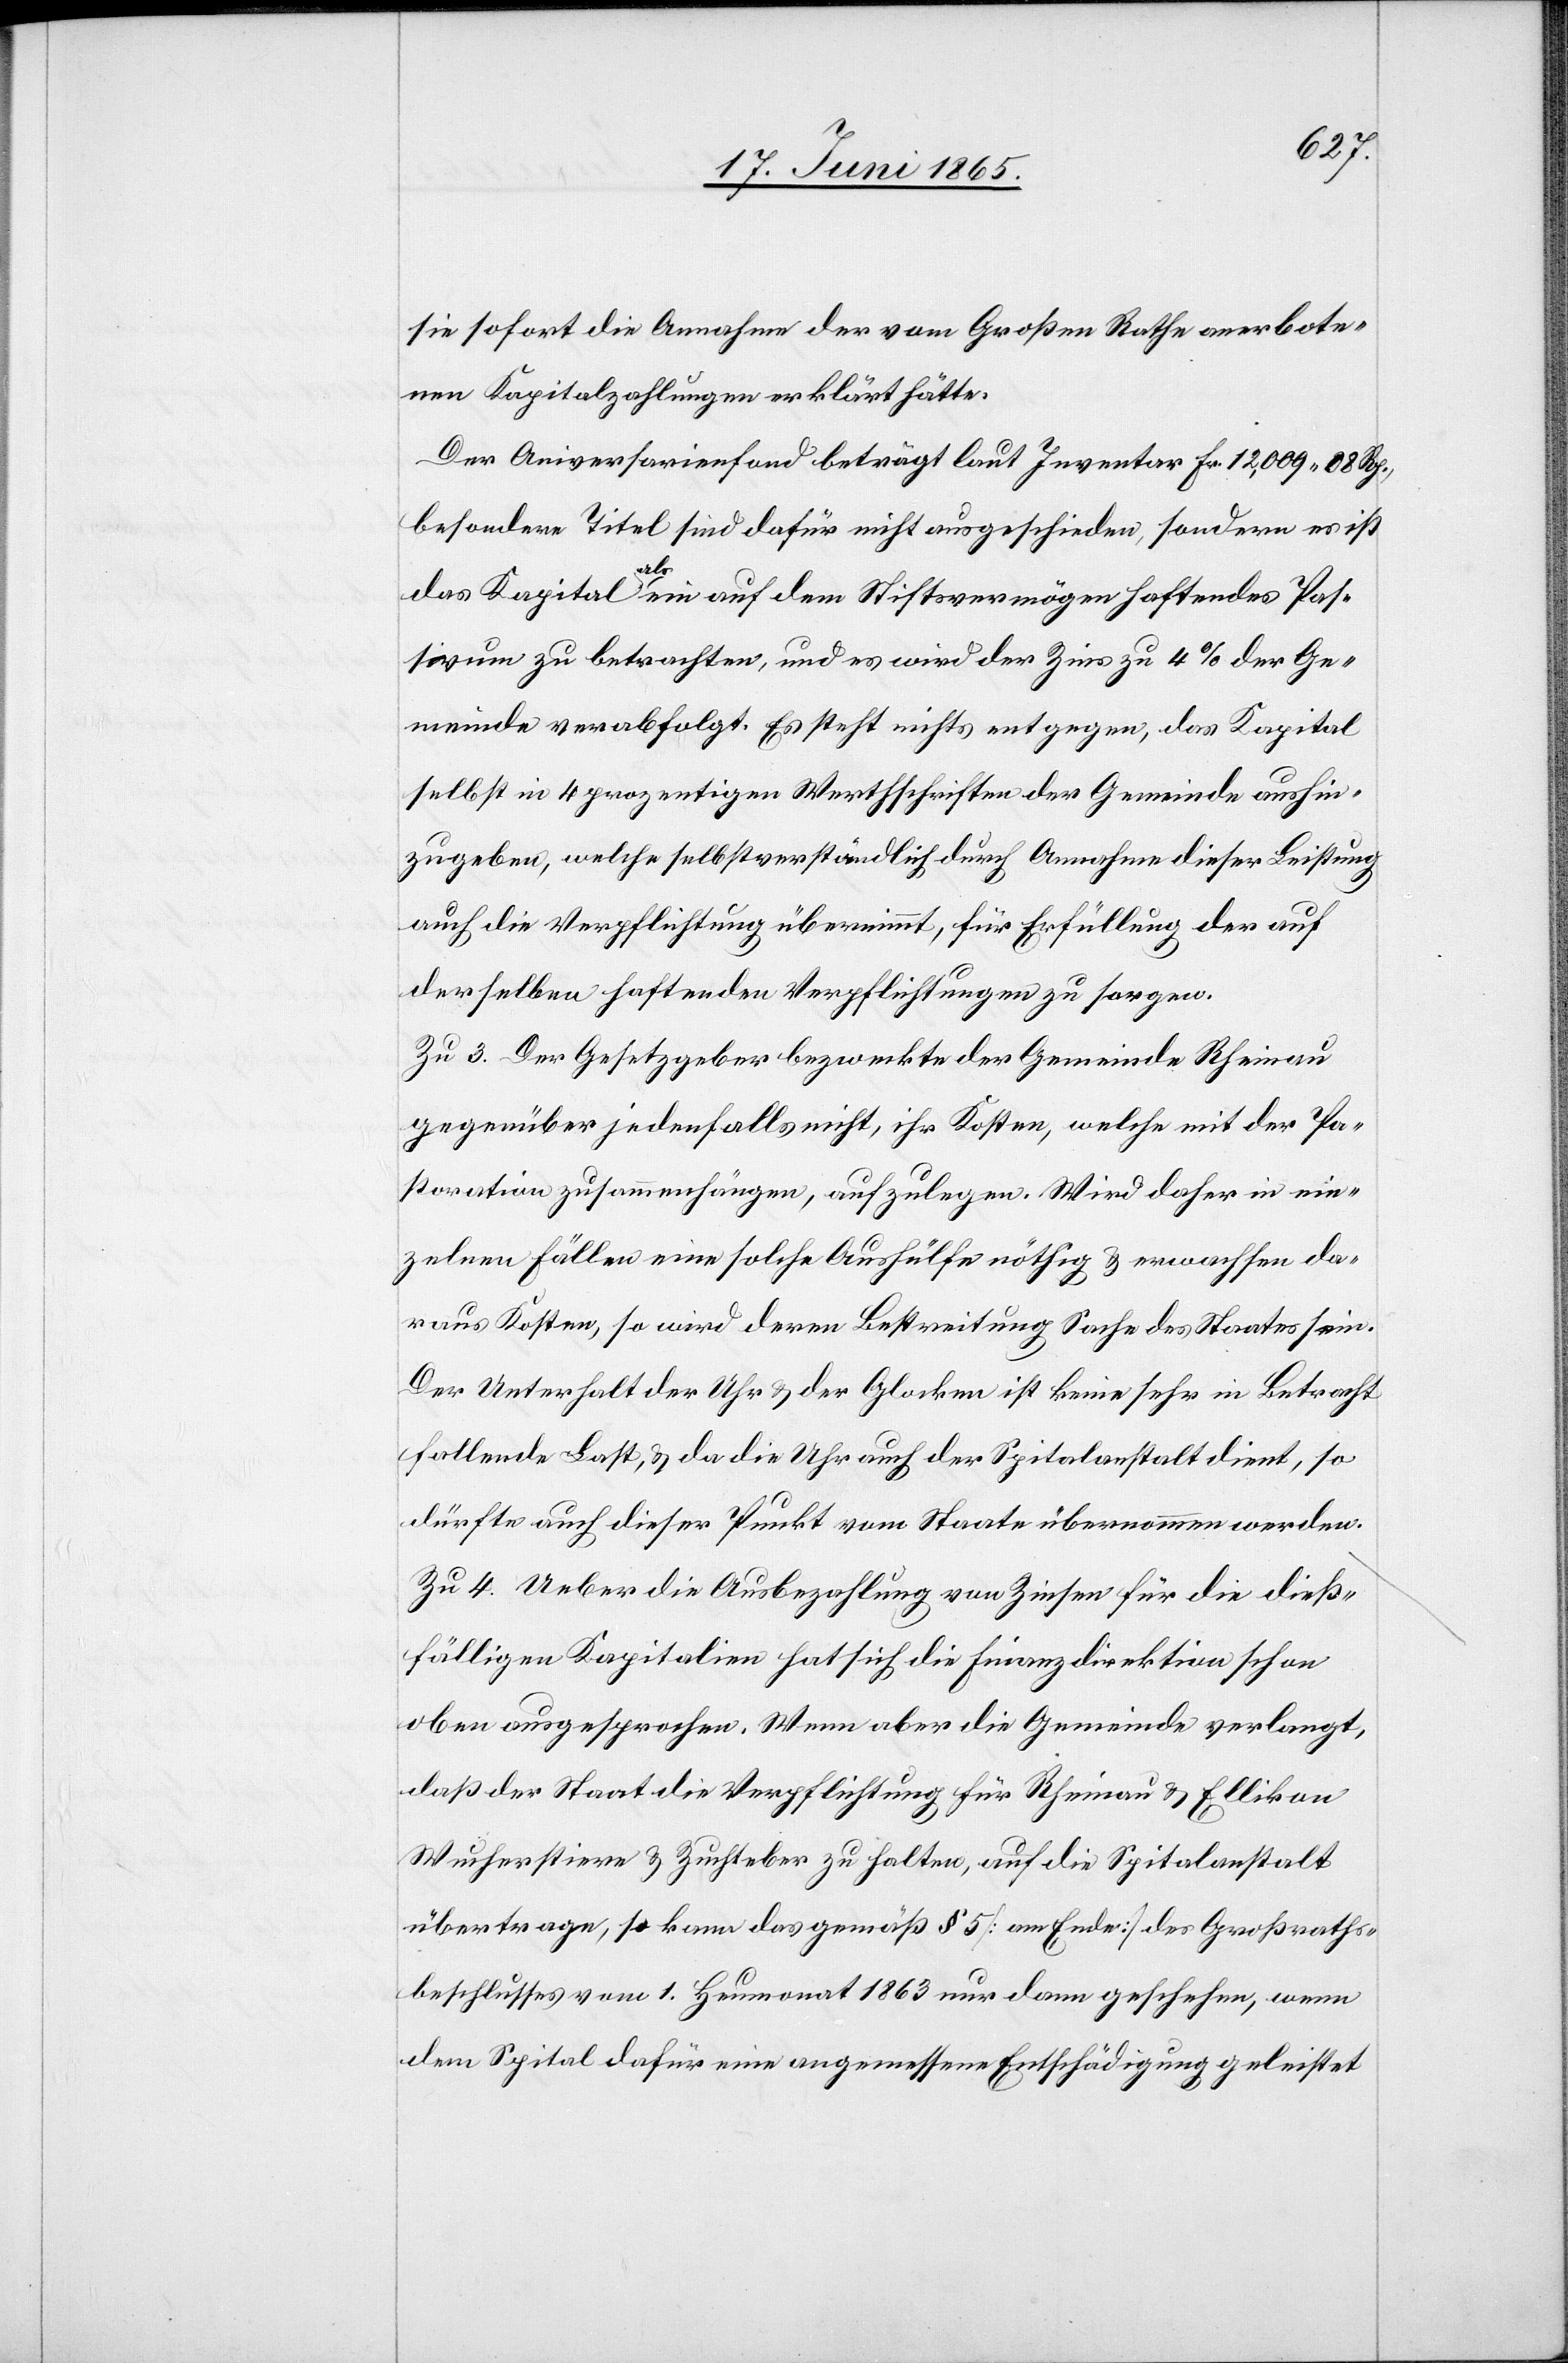
sie sofort die Annahme der vom Großen Rathe anerbote¬
nen Kapitalzahlungen erklärt hätte.
Der Aniversarienfond beträgt laut Inventar Fr. 12,009 08 Rp.,
besondere Titel sind dafür nicht ausgeschieden, sondern es ist
das Kapital als ein auf dem Stiftsvermögen haftendes Pas¬
sivum zu betrachten, und es wird der Zins zu 4 % der Ge¬
meinde verabfolgt. Es steht nichts entgegen, das Kapital
selbst in 4 prozentigen Werthschriften der Gemeinde aushin¬
zugeben, welche selbstverständlich durch Annahme dieser Leistung
auch die Verpflichtung übernimmt, für Erfüllung der auf
derselben haftenden Verpflichtungen zu sorgen.
Zu 3. Der Gesetzgeber bezweckte der Gemeinde Rheinau
gegenüber jedenfalls nicht, ihr Kosten, welche mit der Pa¬
storation zusammenhängen, aufzulegen. Wird daher in ein¬
zelnen Fällen eine solche Aushülfe nöthig & erwachsen da¬
raus Kosten, so wird deren Bestreitung Sache des Staates sein.
Der Unterhalt der Uhr & der Glocken ist keine sehr in Betracht
fallende Last, & da die Uhr auch der Spitalanstalt dient, so
dürfte auch dieser Punkt vom Staate übernommen werden.
Zu 4. Ueber die Ausbezahlung von Zinsen für die dieß¬
fälligen Kapitalien hat sich die Finanzdirektion schon
oben ausgesprochen. Wenn aber die Gemeinde verlangt,
daß der Staat die Verpflichtung für Rheinau & Ellikon
Wucherstiere & Zuchteber zu halten, auf die Spitalanstalt
übertragen, so kann das gemäß § 5 [am Ende] des Großraths¬
beschlusses vom 1. Heumonat 1863 nur dann geschehen, wenn
dem Spital dafür eine angemessene Entschädigung geleistet